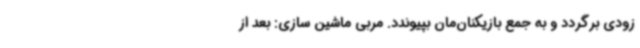
زودی برگردد و به جمع بازیکنان‌مان بپیوندد. مربی ماشین سازی: بعد از